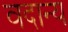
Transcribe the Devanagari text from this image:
वदान्य